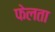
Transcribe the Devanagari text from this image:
फेलता